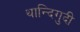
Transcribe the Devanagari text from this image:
थान्दिगुदी